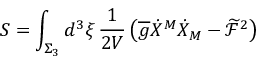
S = \int _ { \Sigma _ { 3 } } d ^ { 3 } \xi \, \frac { 1 } { 2 V } \left( \overline { { { g } } } \dot { X } ^ { M } \dot { X } _ { M } - \widetilde { \mathcal { F } } ^ { 2 } \right)